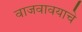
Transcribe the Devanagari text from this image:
वाजवावयाचे